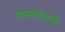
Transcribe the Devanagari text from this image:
ग्रामगीतेमध्ये